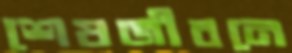
শেষজীবনে